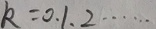
k = 0 , 1 , 2 \cdots